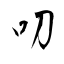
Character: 叨